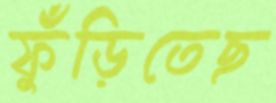
ফুঁড়িতেছ